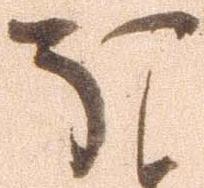
ほ